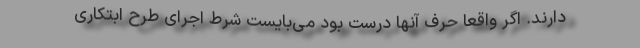
‌دارند. اگر واقعا حرف آنها درست بود می‌بایست شرط اجرای طرح ابتکاری